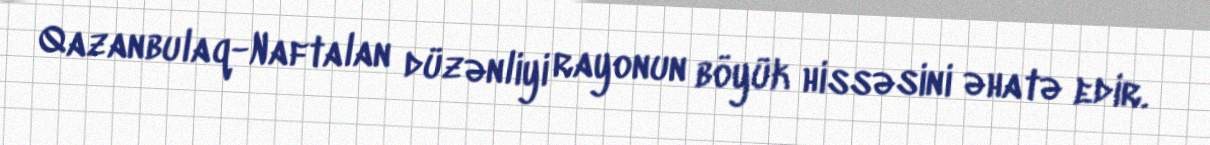
Qazanbulaq-Naftalan düzənliyi rayonun böyük hissəsini əhatə edir.